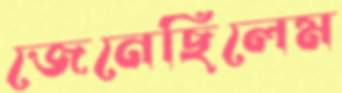
জেনেছিলেম